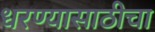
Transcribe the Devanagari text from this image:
धरण्यासाठीचा